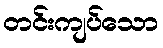
တင်းကျပ်သော